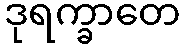
ဒုရက္ခာတေ